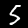
Label: 5